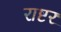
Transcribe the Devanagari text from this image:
राष्टर